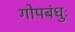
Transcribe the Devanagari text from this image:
गोपबंधुः